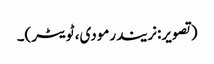
(تصویر:نریندرمودی، ٹویٹر)۔